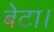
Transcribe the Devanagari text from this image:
बेटा।